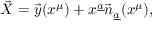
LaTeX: \vec { X } = \vec { y } ( x ^ { \mu } ) + x ^ { \underline { { a } } } \vec { n } _ { \underline { { a } } } ( x ^ { \mu } ) ,